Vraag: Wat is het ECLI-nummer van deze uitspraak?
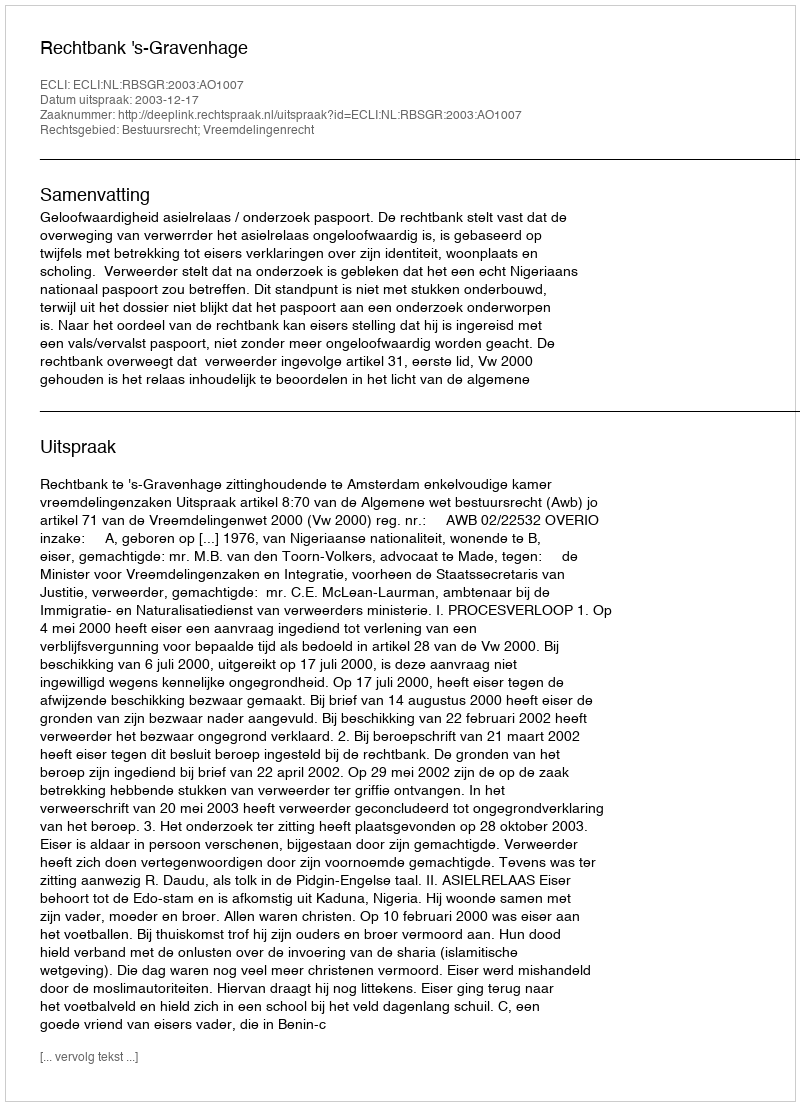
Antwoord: ECLI:NL:RBSGR:2003:AO1007